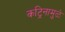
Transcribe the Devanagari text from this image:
कट्रिनामुळे